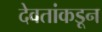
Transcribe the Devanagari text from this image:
देवतांकडून